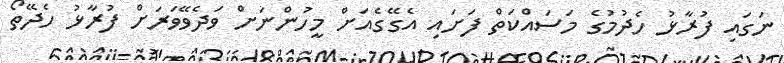
ނަގައި ފުރާޅު ހެދުމުގެ މަސައްކަތް ފަށައި އެގޭގެއަށް މީހުންނަށް ވަދެވޭވަރަށް ފުރާޅު ހެދޭތޯ